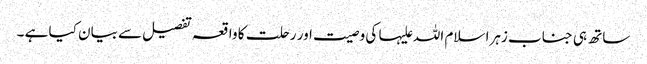
ساتھ ہی جناب زہرا سلام اللہ علیہا کی وصیت اور رحلت کا واقعہ تفصیل سے بیان کیا ہے ۔